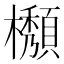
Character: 𱤲